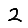
Digit: 2